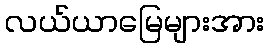
လယ်ယာမြေများအား